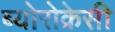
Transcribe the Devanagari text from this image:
ब्योरोक्रेसी